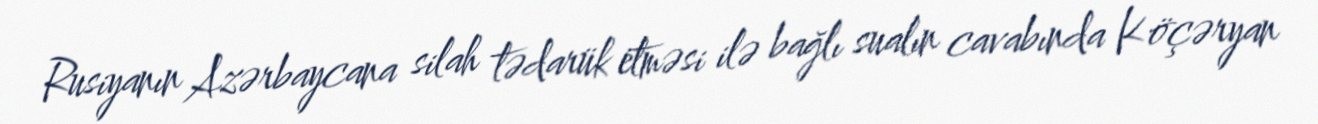
Rusiyanın Azərbaycana silah tədarük etməsi ilə bağlı sualın cavabında Köçəryan